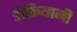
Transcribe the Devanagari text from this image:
डोक्रियानी